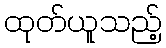
ထုတ်ယူသည့်